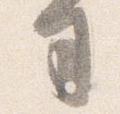
司